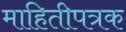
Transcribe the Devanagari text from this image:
माहितीपत्रक